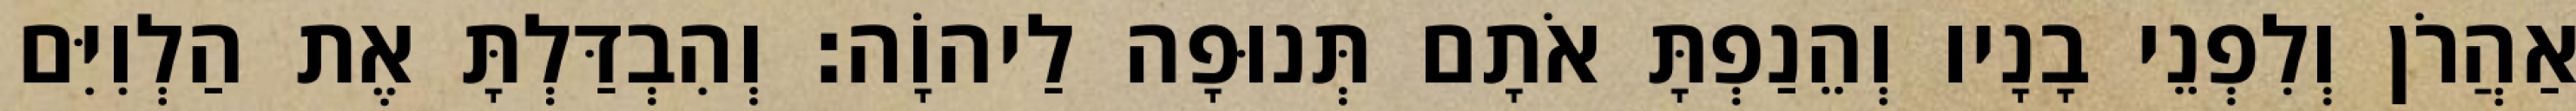
אַהֲרֹן וְלִפְנֵי בָנָיו וְהֵנַפְתָּ אֹתָם תְּנוּפָה לַיהוָֹה׃ וְהִבְדַּלְתָּ אֶת הַלְוִיִּם